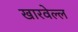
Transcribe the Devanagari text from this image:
खारवेल्ल